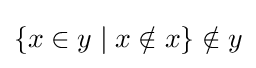
\{x\in y\mid x\notin x\}\notin y